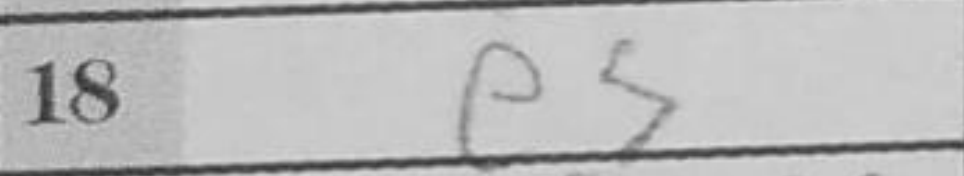
Transcription: e5